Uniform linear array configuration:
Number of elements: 24
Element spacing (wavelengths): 0.75
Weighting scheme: hann
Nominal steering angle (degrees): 15
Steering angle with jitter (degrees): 13.418
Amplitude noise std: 0.05
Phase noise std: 0.05

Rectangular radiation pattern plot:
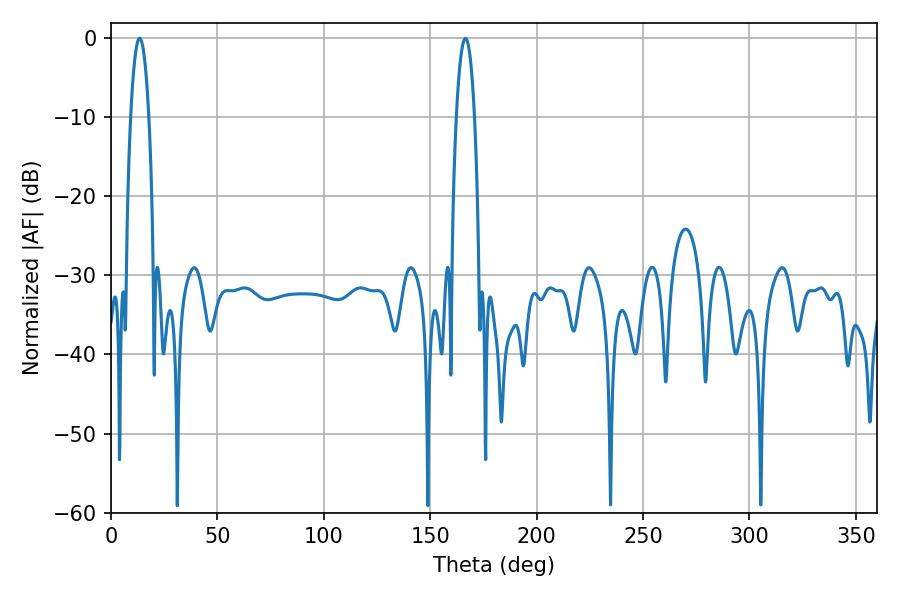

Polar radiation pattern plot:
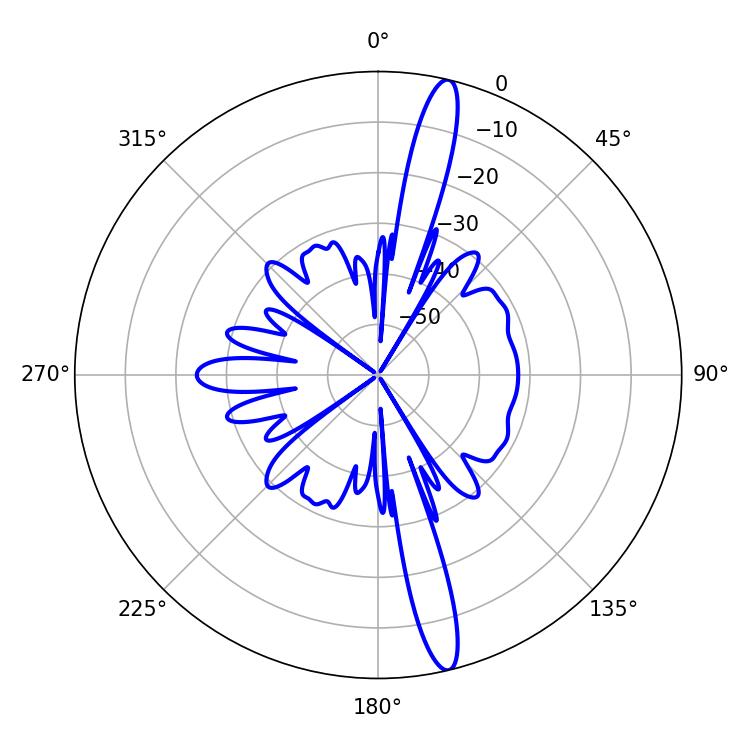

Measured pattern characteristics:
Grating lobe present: TRUE
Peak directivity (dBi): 16.873
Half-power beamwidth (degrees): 4.68
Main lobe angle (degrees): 13.5